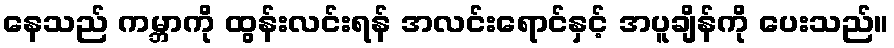
နေသည် ကမ္ဘာကို ထွန်းလင်းရန် အလင်းရောင်နှင့် အပူချိန်ကို ပေးသည်။